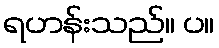
ရဟန်းသည်။ ပ။